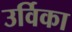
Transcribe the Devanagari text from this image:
उर्विका